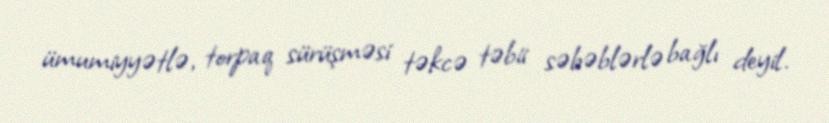
ümumiyyətlə, torpaq sürüşməsi təkcə təbii səbəblərlə bağlı deyil.